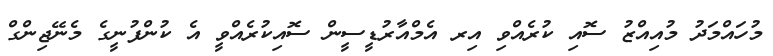
މުހައްމަދު މުއިއްޒު ސޮއި ކުރެއްވި އިރ އެމްއާރުޑީސީން ސޮއިކުރެއްވީ އެ ކުންފުނީގެ މެނޭޖިންގް